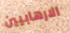
الارهابيين